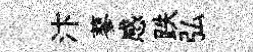
汴蓼感跌弘